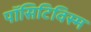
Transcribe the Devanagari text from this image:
पॉसिटिविस्म